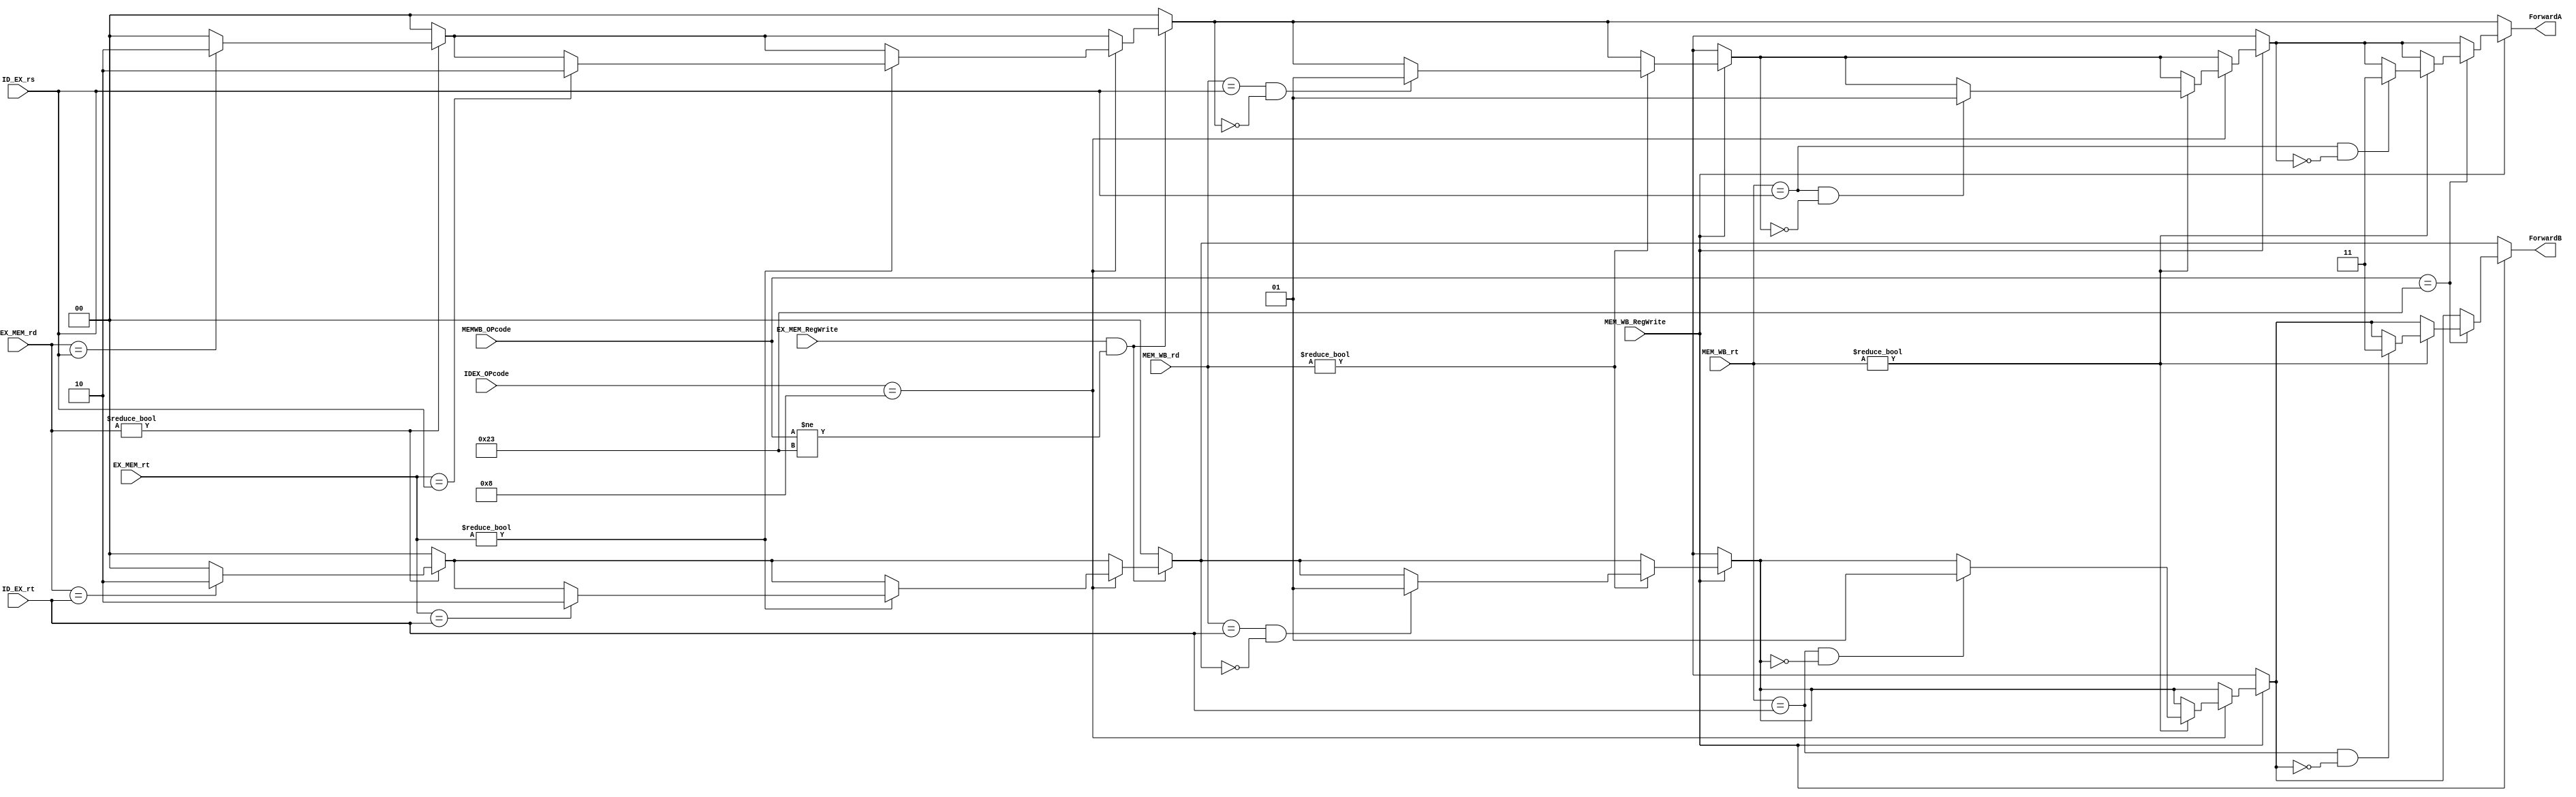
module Forwarding_Unit(
    input EX_MEM_RegWrite, MEM_WB_RegWrite,
    input [5:0] IDEX_OPcode, MEMWB_OPcode,
    input [4:0] ID_EX_rs, ID_EX_rt, EX_MEM_rt, EX_MEM_rd, MEM_WB_rt, MEM_WB_rd,
    output reg [1:0] ForwardA, ForwardB
    );

    always @(*) begin
        ForwardA = 2'b00;
        ForwardB = 2'b00;

        // Check for One Clock Cycle Hazards (EX & MEM)
        if (EX_MEM_RegWrite && (MEMWB_OPcode != 6'b100011)) begin
            if (EX_MEM_rd != 5'b00000) begin
                if (EX_MEM_rd == ID_EX_rs) 
                    ForwardA = 2'b10;
                if (EX_MEM_rd == ID_EX_rt) 
                    ForwardB = 2'b10;
             end

            // For ADDI
            if (IDEX_OPcode == 6'b001000) begin
                if (EX_MEM_rt != 5'b00000) begin
                    if (EX_MEM_rt == ID_EX_rs) 
                        ForwardA = 2'b10;
                    if (EX_MEM_rt == ID_EX_rt) 
                        ForwardB = 2'b10;
                end
            end
        end

        // Check for Two Clock Cycle Hazards (EX & WB)
        if (MEM_WB_RegWrite) begin
            if (MEM_WB_rd != 5'b00000) begin
                if (MEM_WB_rd == ID_EX_rs && ForwardA == 2'b00) 
                    ForwardA = 2'b01;
                if ((MEM_WB_rd == ID_EX_rt) && (ForwardB == 2'b00)) 
                    ForwardB = 2'b01;
            end
            // For ADDI
            if (IDEX_OPcode == 6'b001000) begin
                if (MEM_WB_rt != 5'b00000) begin
                    if (MEM_WB_rt == ID_EX_rs && ForwardA == 2'b00)
                        ForwardA = 2'b01;
                    if (MEM_WB_rt == ID_EX_rt && (ForwardB == 2'b00))
                        ForwardB = 2'b01;
                end
            end

            // For lw
            if (MEMWB_OPcode == 6'b100011) begin
                if (MEM_WB_rt != 5'b00000) begin
                    if (MEM_WB_rt == ID_EX_rs && ForwardA == 2'b00) 
                        ForwardA = 2'b11;
                    if (MEM_WB_rt == ID_EX_rt && ForwardB == 2'b00) 
                        ForwardB = 2'b11;
                end
            end
        end
    end
endmodule